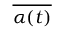
\overline { { \alpha ( t ) } }